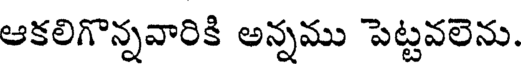
ఆకలిగొన్నవారికి అన్నము పెట్టవలెను.